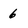
Character: 6